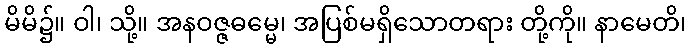
မိမိ၌။ ဝါ၊ သို့။ အနဝဇ္ဇဓမ္မေ၊ အပြစ်မရှိသောတရား တို့ကို။ နာမေတိ၊